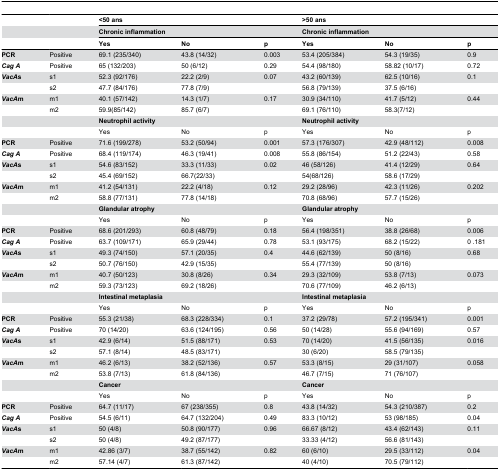
<table><thead><tr><td></td><td></td><td colspan="3"><b>&lt;50 ans</b></td><td colspan="3"><b>&gt;50 ans</b></td></tr><tr><td></td><td></td><td colspan="3"><b>Chronic inflammation</b></td><td colspan="3"><b>Chronic inflammation</b></td></tr><tr><td></td><td></td><td><b>Yes </b></td><td><b>No </b></td><td><b>p</b></td><td><b>Yes </b></td><td><b>No </b></td><td><b>p </b></td></tr></thead><tbody><tr><td><b>PCR</b></td><td>Positive</td><td>69.1 (235/340)</td><td>43.8 (14/32)</td><td>0.003</td><td>53.4 (205/384)</td><td>54.3 (19/35)</td><td>0.9</td></tr><tr><td><b><i>Cag A</i></b></td><td>Positive </td><td>65 (132/203)</td><td>50 (6/12)</td><td>0.29</td><td>54.4 (98/180)</td><td>58.82 (10/17)</td><td>0.72</td></tr><tr><td><b><i>VacA</i>s</b></td><td>s1</td><td>52.3 (92/176)</td><td>22.2 (2/9)</td><td>0.07</td><td>43.2 (60/139)</td><td>62.5 (10/16)</td><td>0.1</td></tr><tr><td></td><td>s2</td><td>47.7 (84/176)</td><td>77.8 (7/9)</td><td></td><td>56.8 (79/139)</td><td>37.5 (6/16)</td><td></td></tr><tr><td><b><i>VacA</i>m</b></td><td>m1</td><td>40.1 (57/142)</td><td>14.3 (1/7)</td><td>0.17</td><td>30.9 (34/110)</td><td>41.7 (5/12)</td><td>0.44</td></tr><tr><td></td><td>m2</td><td>59.9(85/142)</td><td>85.7 (6/7)</td><td></td><td>69.1 (76/110)</td><td>58.3(7/12)</td><td></td></tr><tr><td></td><td></td><td colspan="3"><b>Neutrophil activity</b></td><td colspan="3"><b>Neutrophil activity</b></td></tr><tr><td></td><td></td><td>Yes</td><td>No</td><td>p</td><td>Yes</td><td>No</td><td>p</td></tr><tr><td><b>PCR</b></td><td>Positive</td><td>71.6 (199/278)</td><td>53.2 (50/94)</td><td>0.001</td><td>57.3 (176/307)</td><td>42.9 (48/112)</td><td>0.008</td></tr><tr><td><b><i>Cag A</i></b></td><td>Positive</td><td>68.4 (119/174)</td><td>46.3 (19/41)</td><td>0.008</td><td>55.8 (86/154)</td><td>51.2 (22/43)</td><td>0.58</td></tr><tr><td><b><i>VacA</i>s</b></td><td>s1</td><td>54.6 (83/152)</td><td>33.3 (11/33)</td><td>0.02</td><td>46 (58/126)</td><td>41.4 (12/29)</td><td>0.64</td></tr><tr><td></td><td>s2</td><td>45.4 (69/152)</td><td>66.7(22/33)</td><td></td><td>54(68/126)</td><td>58.6 (17/29)</td><td></td></tr><tr><td><b><i>VacA</i>m</b></td><td>m1</td><td>41.2 (54/131)</td><td>22.2 (4/18)</td><td>0.12</td><td>29.2 (28/96)</td><td>42.3 (11/26)</td><td>0.202</td></tr><tr><td></td><td>m2</td><td>58.8 (77/131)</td><td>77.8 (14/18)</td><td></td><td>70.8 (68/96)</td><td>57.7 (15/26)</td><td></td></tr><tr><td></td><td></td><td colspan="3"><b>Glandular atrophy</b></td><td colspan="3"><b>Glandular atrophy</b></td></tr><tr><td></td><td></td><td>Yes</td><td>No</td><td>p</td><td>Yes</td><td>No</td><td>p</td></tr><tr><td><b>PCR</b></td><td>Positive</td><td>68.6 (201/293)</td><td>60.8 (48/79)</td><td>0.18</td><td>56.4 (198/351)</td><td>38.8 (26/68)</td><td>0.006</td></tr><tr><td><b><i>Cag A</i></b></td><td>Positive </td><td>63.7 (109/171)</td><td>65.9 (29/44)</td><td>0.78</td><td>53.1 (93/175)</td><td>68.2 (15/22)</td><td>0 .181</td></tr><tr><td><b><i>VacA</i>s</b></td><td>s1</td><td>49.3 (74/150)</td><td>57.1 (20/35)</td><td>0.4</td><td>44.6 (62/139)</td><td>50 (8/16)</td><td>0.68</td></tr><tr><td></td><td>s2</td><td>50.7 (76/150)</td><td>42.9 (15/35)</td><td></td><td>55.4 (77/139)</td><td>50 (8/16)</td><td></td></tr><tr><td><b><i>VacA</i>m</b></td><td>m1</td><td>40.7 (50/123)</td><td>30.8 (8/26)</td><td>0.34</td><td>29.3 (32/109)</td><td>53.8 (7/13)</td><td>0.073</td></tr><tr><td></td><td>m2</td><td>59.3 (73/123)</td><td>69.2 (18/26)</td><td></td><td>70.6 (77/109)</td><td>46.2 (6/13)</td><td></td></tr><tr><td></td><td></td><td colspan="3"><b>Intestinal metaplasia</b></td><td colspan="3"><b>Intestinal metaplasia</b></td></tr><tr><td></td><td></td><td>Yes</td><td>No</td><td>p</td><td>Yes</td><td>No</td><td>p</td></tr><tr><td><b>PCR</b></td><td>Positive</td><td>55.3 (21/38)</td><td>68.3 (228/334)</td><td>0.1</td><td>37.2 (29/78)</td><td>57.2 (195/341)</td><td>0.001</td></tr><tr><td><b><i>Cag A</i></b></td><td>Positive </td><td>70 (14/20)</td><td>63.6 (124/195)</td><td>0.56</td><td>50 (14/28)</td><td>55.6 (94/169)</td><td>0.57</td></tr><tr><td><b><i>VacA</i>s</b></td><td>s1</td><td>42.9 (6/14)</td><td>51.5 (88/171)</td><td>0.53</td><td>70 (14/20)</td><td>41.5 (56/135)</td><td>0.016</td></tr><tr><td></td><td>s2</td><td>57.1 (8/14)</td><td>48.5 (83/171)</td><td></td><td>30 (6/20)</td><td>58.5 (79/135)</td><td></td></tr><tr><td><b><i>VacA</i>m</b></td><td>m1</td><td>46.2 (6/13)</td><td>38.2 (52/136)</td><td>0.57</td><td>53.3 (8/15)</td><td>29 (31/107)</td><td>0.058</td></tr><tr><td></td><td>m2</td><td>53.8 (7/13)</td><td>61.8 (84/136)</td><td></td><td>46.7 (7/15)</td><td>71 (76/107)</td><td></td></tr><tr><td></td><td></td><td colspan="3"><b>Cancer</b></td><td colspan="3"><b>Cancer</b></td></tr><tr><td></td><td></td><td>Yes</td><td>No</td><td>p</td><td>Yes</td><td>No</td><td>p</td></tr><tr><td><b>PCR</b></td><td>Positive</td><td>64.7 (11/17)</td><td>67 (238/355)</td><td>0.8</td><td>43.8 (14/32)</td><td>54.3 (210/387)</td><td>0.2</td></tr><tr><td><b><i>Cag A</i></b></td><td>Positive </td><td>54.5 (6/11)</td><td>64.7 (132/204)</td><td>0.49</td><td>83.3 (10/12)</td><td>53 (98/185)</td><td>0.04</td></tr><tr><td><b><i>VacA</i>s</b></td><td>s1</td><td>50 (4/8)</td><td>50.8 (90/177)</td><td>0.96</td><td>66.67 (8/12)</td><td>43.4 (62/143)</td><td>0.11</td></tr><tr><td></td><td>s2</td><td>50 (4/8)</td><td>49.2 (87/177)</td><td></td><td>33.33 (4/12)</td><td>56.6 (81/143)</td><td></td></tr><tr><td><b><i>VacA</i>m</b></td><td>m1</td><td>42.86 (3/7)</td><td>38.7 (55/142)</td><td>0.82</td><td>60 (6/10)</td><td>29.5 (33/112)</td><td>0.04</td></tr><tr><td></td><td>m2</td><td>57.14 (4/7)</td><td>61.3 (87/142)</td><td></td><td>40 (4/10)</td><td>70.5 (79/112)</td><td></td></tr></tbody></table>